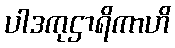
ပါဒကုဌာရိကာဟိ